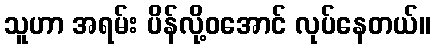
သူဟာ အရမ်း ပိန်လို့ဝအောင် လုပ်နေတယ်။